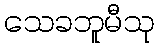
သေခဘူမီသု